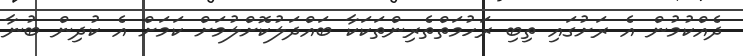
ދެއްކުމުން އެ ރަށުގައި ތިބި ރަހުމަތްތެރިންތަކަކާ ބައްދަލުކޮށްލުމަށް ކަމަށް އެ ކުދިން ބުނާ